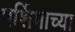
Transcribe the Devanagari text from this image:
पर्शिमाच्या